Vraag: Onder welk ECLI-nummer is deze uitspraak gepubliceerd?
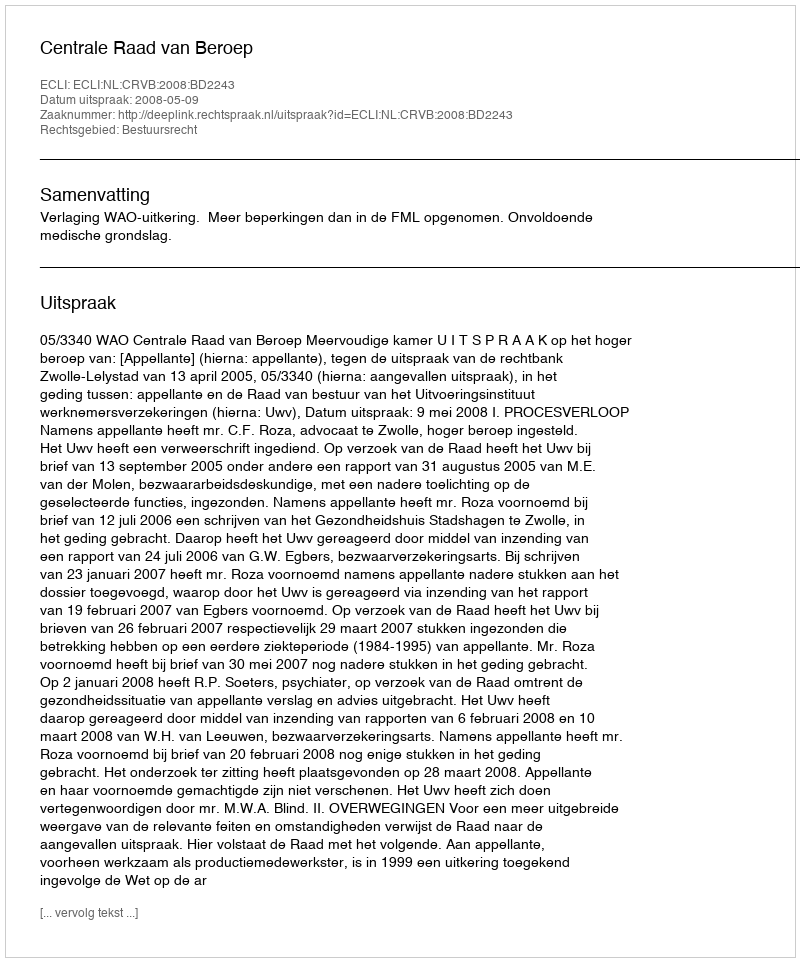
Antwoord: ECLI:NL:CRVB:2008:BD2243